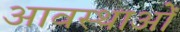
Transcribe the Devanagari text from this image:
आवस्थाओं